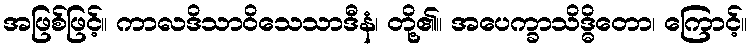
အဖြစ်ဖြင့်။ ကာလဒိသာဝိသေသာဒီနံ၊ တို့၏။ အပေက္ခာသိဒ္ဓိတော၊ ကြောင့်။